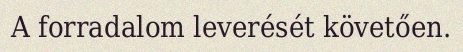
A forradalom leverését követően.